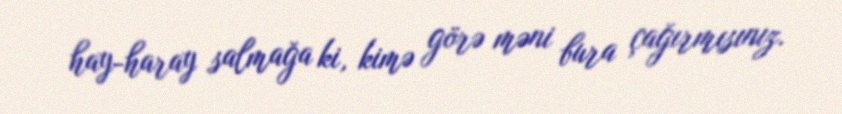
hay-haray salmağa ki, kimə görə məni bura çağırmısınız.